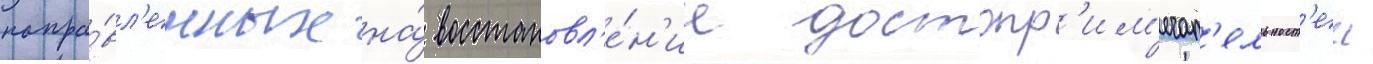
напра́вл'енных на́ восстановл'е́н'ие достопр'им'ечат'ельност'еи